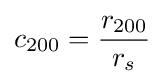
c_{200}={\frac {r_{200}}{r_{s}}}